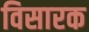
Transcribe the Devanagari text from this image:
विसारक